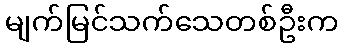
မျက်မြင်သက်သေတစ်ဦးက